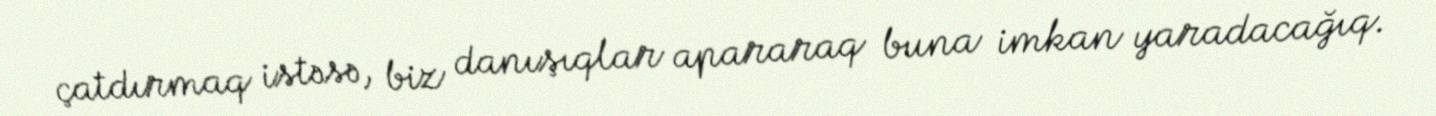
çatdırmaq istəsə, biz danışıqlar apararaq buna imkan yaradacağıq.